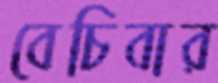
বেচিবার